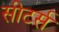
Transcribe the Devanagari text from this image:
सीटर्स